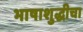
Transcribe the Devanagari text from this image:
भाषाशुद्धीचा